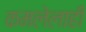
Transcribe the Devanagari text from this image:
कमलेलाही